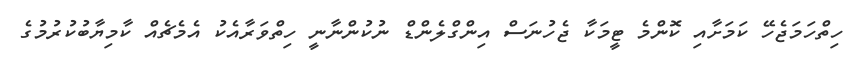
ހިތްހަމަޖެހޭ ކަމަށާއި ކޮންމެ ޓީމަކާ ޖެހުނަސް އިންގްލެންޑް ނުކުންނާނީ ހިތްވަރާއެކު އެމެޗެއް ކާމިޔާބުކުރުމުގެ